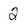
Character: 2